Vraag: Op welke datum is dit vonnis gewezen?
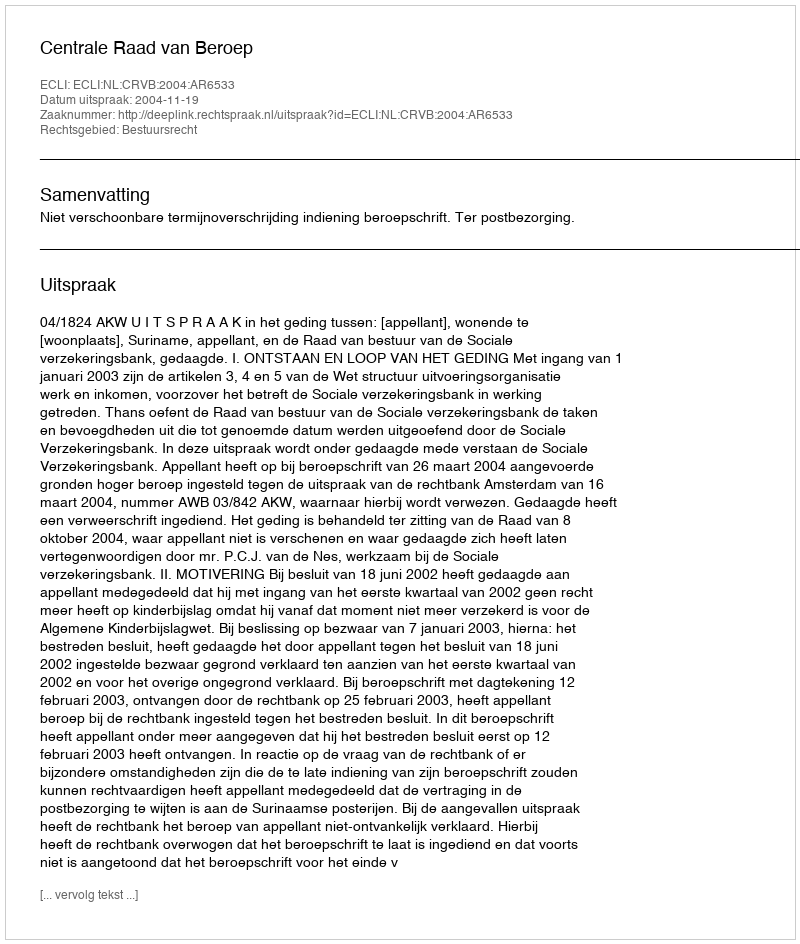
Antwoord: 2004-11-19